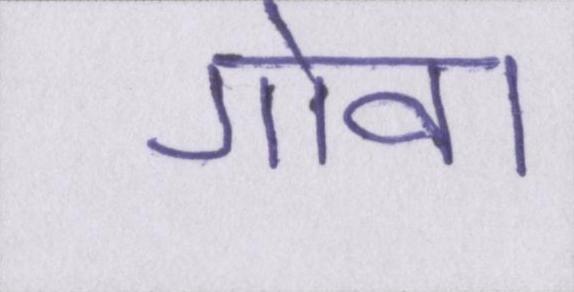
गोवा